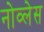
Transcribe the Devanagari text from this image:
नोव्लेस